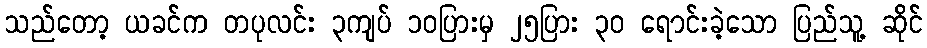
သည်တော့ ယခင်က တပုလင်း ၃ကျပ် ၁၀ပြားမှ ၂၅ပြား ၃၀ ရောင်းခဲ့သော ပြည်သူ့ ဆိုင်